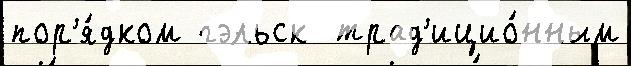
пор'я́дком гэльск  трад'ицио́нным